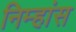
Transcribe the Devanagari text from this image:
निम्हांस